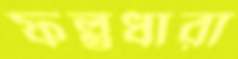
ফল্গুধারা